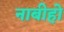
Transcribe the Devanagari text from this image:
नाबीहो